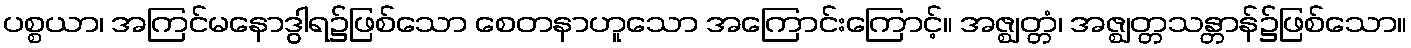
ပစ္စယာ၊ အကြင်မနောဒွါရ၌ဖြစ်သော စေတနာဟူသော အကြောင်းကြောင့်။ အဇ္ဈတ္တံ၊ အဇ္ဈတ္တသန္တာန်၌ဖြစ်သော။